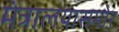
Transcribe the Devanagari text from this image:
मंत्रालयासमोर